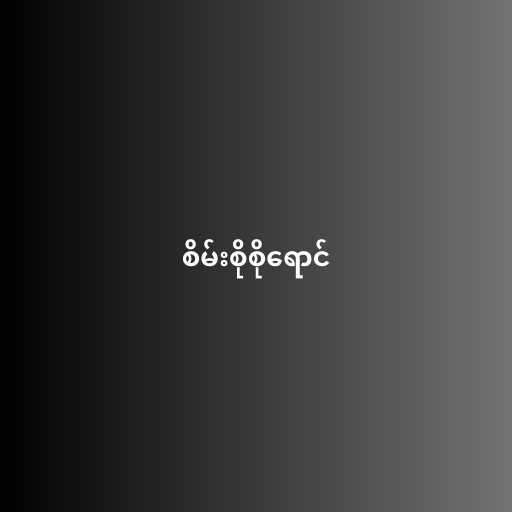
စိမ်းစိုစိုရောင်